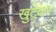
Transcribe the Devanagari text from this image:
खुटेकर